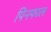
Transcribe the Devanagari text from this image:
पिनफाल